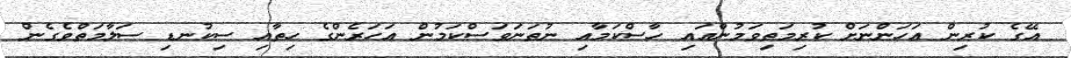
އޭގެ ކުރިން އަހަންނަށް ކުރިމަތިވަމުންއައި ހާސްކަމާއި ނުތަނަވަސްކަމުން އަހަރެންގެ ހިތާއި ސިކުނޑި ސަލާމަތްވެގެން